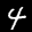
Label: 4